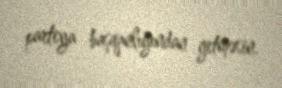
partiya başqanlığından getməsin.